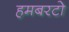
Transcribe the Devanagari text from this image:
हमबरटो